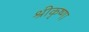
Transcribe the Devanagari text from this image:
श्रीकृष्णा